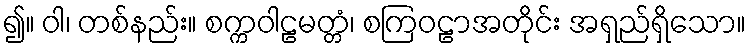
၍။ ဝါ၊ တစ်နည်း။ စက္ကဝါဠမတ္တံ၊ စကြဝဠာအတိုင်း အရှည်ရှိသော။